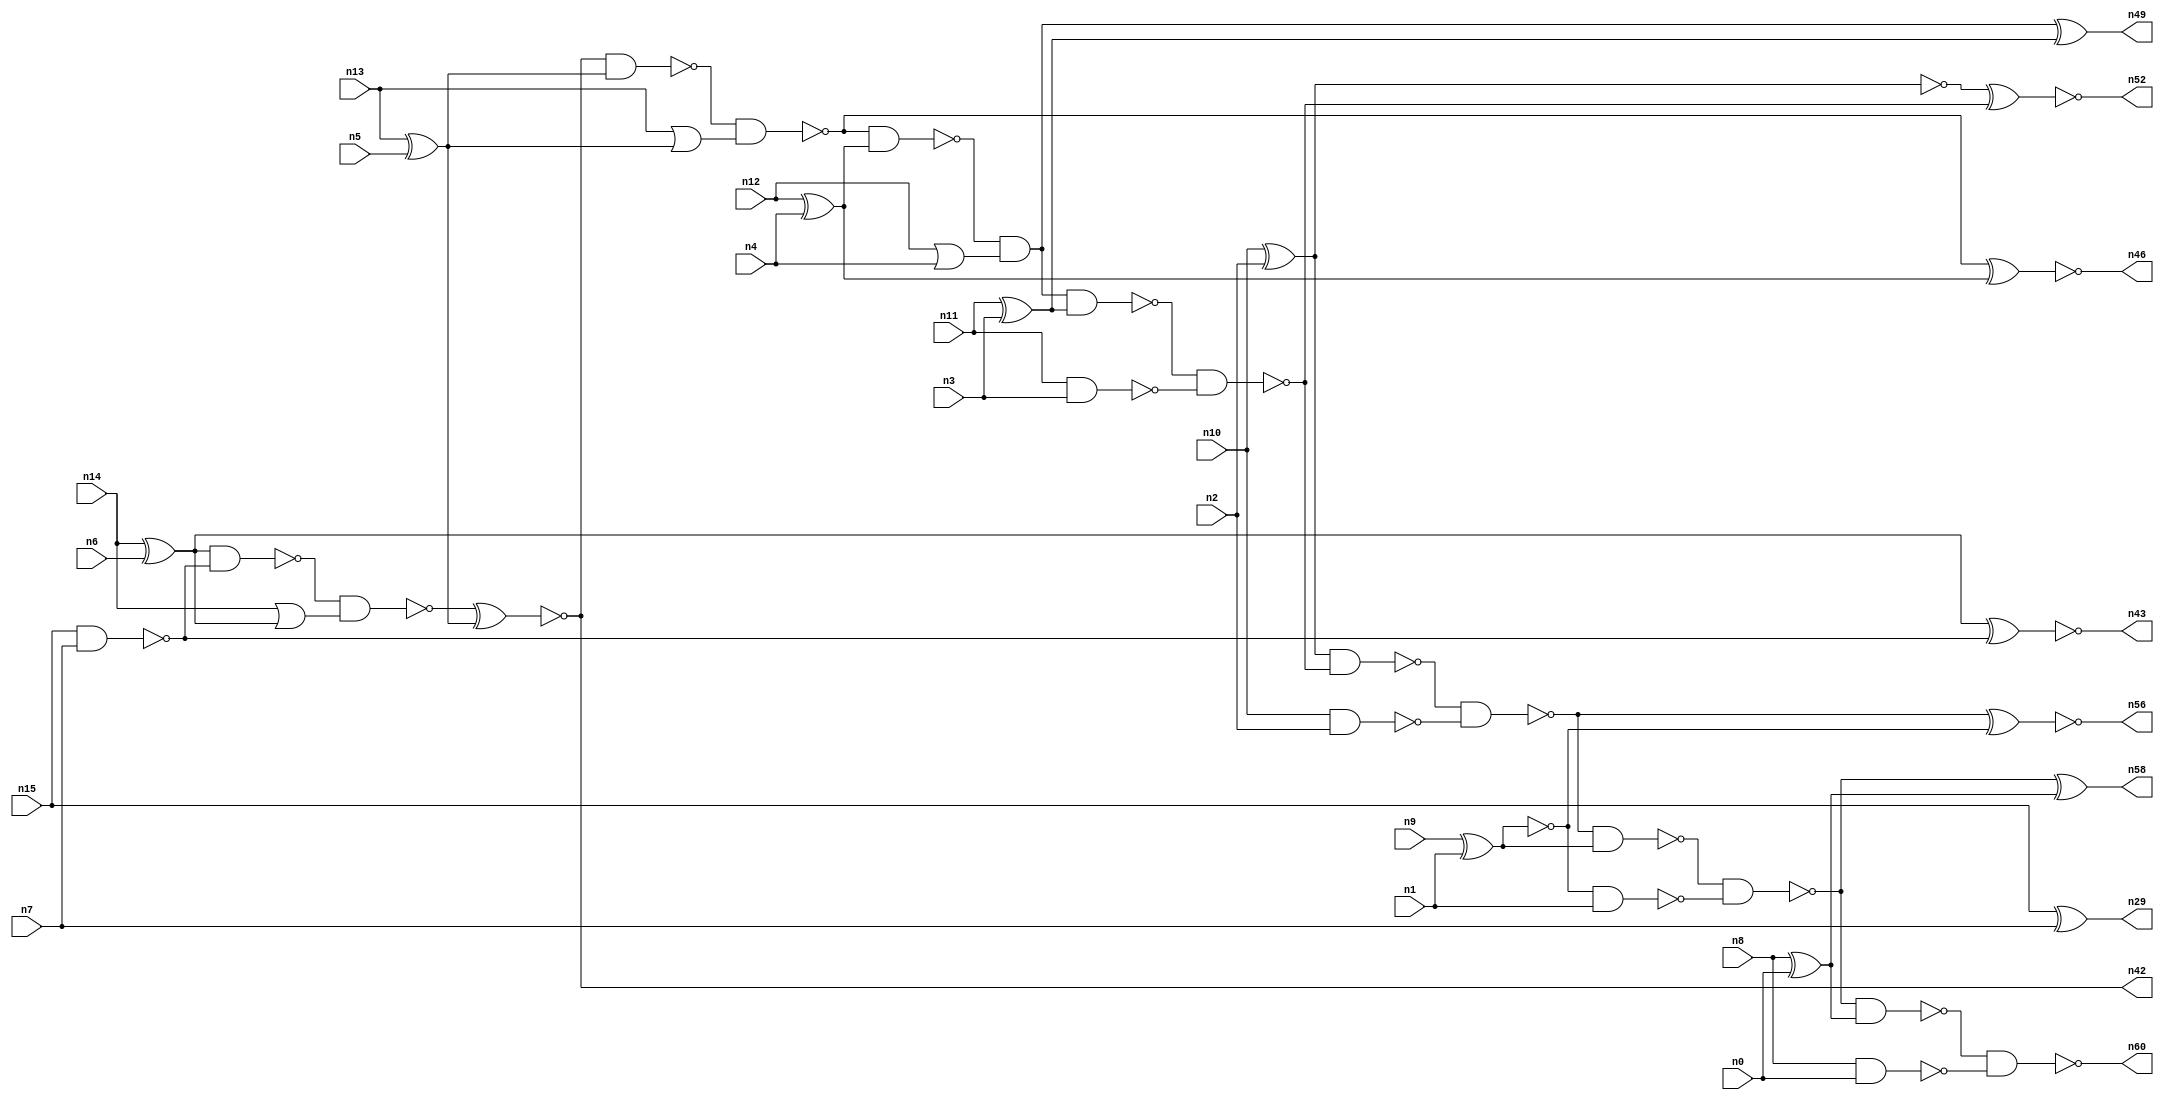
// This program was cloned from: https://github.com/umar-afzaal/ReCkt
// License: MIT License

// This file contains a pareto-optimal circuit with respect to area and the fault-resilince parameter p_fault which is defined as:
// "For all input vectors, the ratio of the no. of faults observable at the POs to the no. of total possible faults in the circuit".
// This code is part of the ReCkt library (https://github.com/umar-afzaal/ReCkt) distributed under The MIT License.
// When used, please cite the following article(s):
// U. Afzaal, A.S. Hassan, M. Usman and J.A. Lee, "On the Evolutionary Synthesis of Increased Fault-resilience Arithmetic Circuits".

// p_fault = 90.7 %    (Lower is better)
// gates = 45.0
// levels = 17
// area = 59.94    (For MCNC library relative to nand2)
// power = 257.1 uW    (Berkely-SIS for MCNC library @ Vdd=5V and 20 MHz clock)
// delay = 20.3 ns    (Berkely-ABC for MCNC library)
// PDP = 5.21913e-12 J

// Pin mapping:
// {n0, n1, n2, n3, n4, n5, n6, n7} = A[7:0]
// {n8, n9, n10, n11, n12, n13, n14, n15} = B[7:0]
// {n60, n58, n56, n52, n49, n46, n42, n43, n29} = O[8:0]

module addr8u_area_7 (
n0, n1, n2, n3, n4, n5, n6, n7, n8, n9, n10, n11, n12, n13, n14, n15, 
n60, n58, n56, n52, n49, n46, n42, n43, n29
);

input n0, n1, n2, n3, n4, n5, n6, n7, n8, n9, n10, n11, n12, n13, n14, n15;
output n60, n58, n56, n52, n49, n46, n42, n43, n29;
wire n30, n24, n18, n17, n59, n51, n45, n36, n47, n20, n37, n23, n16, n53, n40, n48, n21, n25, n41, n54, 
n27, n33, n28, n22, n38, n39, n57, n31, n19, n44, n34, n32, n26, n50, n35, n55;

xor (n16, n10, n2);
nand (n17, n10, n2);
xor (n18, n14, n6);
or (n19, n12, n4);
nand (n20, n8, n0);
xor (n21, n13, n5);
nor (n22, n14, n18);
xor (n23, n8, n0);
nor (n24, n14, n18);
xnor (n25, n9, n1);
nand (n26, n25, n1);
or (n27, n13, n21);
nand (n28, n15, n7);
xor (n29, n15, n7);
nand (n30, n11, n3);
xor (n31, n12, n4);
xor (n32, n11, n3);
and (n33, n31, n31);
nand (n34, n25, n25);
nand (n35, n24, n22);
nand (n36, n18, n28);
nor (n37, n16, n16);
and (n38, n21, n21);
nand (n39, n36, n35);
and (n40, n18, n18);
nand (n41, n34, n34);
xnor (n42, n39, n38);
xnor (n43, n40, n28);
nand (n44, n42, n21);
nand (n45, n44, n27);
xnor (n46, n45, n33);
nand (n47, n45, n31);
and (n48, n47, n19);
xor (n49, n48, n32);
nand (n50, n48, n32);
nand (n51, n50, n30);
xnor (n52, n37, n51);
nand (n53, n16, n51);
nand (n54, n53, n17);
nand (n55, n54, n34);
xnor (n56, n54, n41);
nand (n57, n55, n26);
xor (n58, n57, n23);
nand (n59, n57, n23);
nand (n60, n59, n20);

endmodule